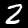
Digit: 2